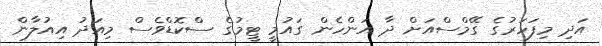
އަދި މިފަހަރުގެ ގޭމްސްއަށް ދާ އަންހެން ގައުމީ ޓީމުގެ ސްކޮޑްވެސް މިއަދު އިއުލާން